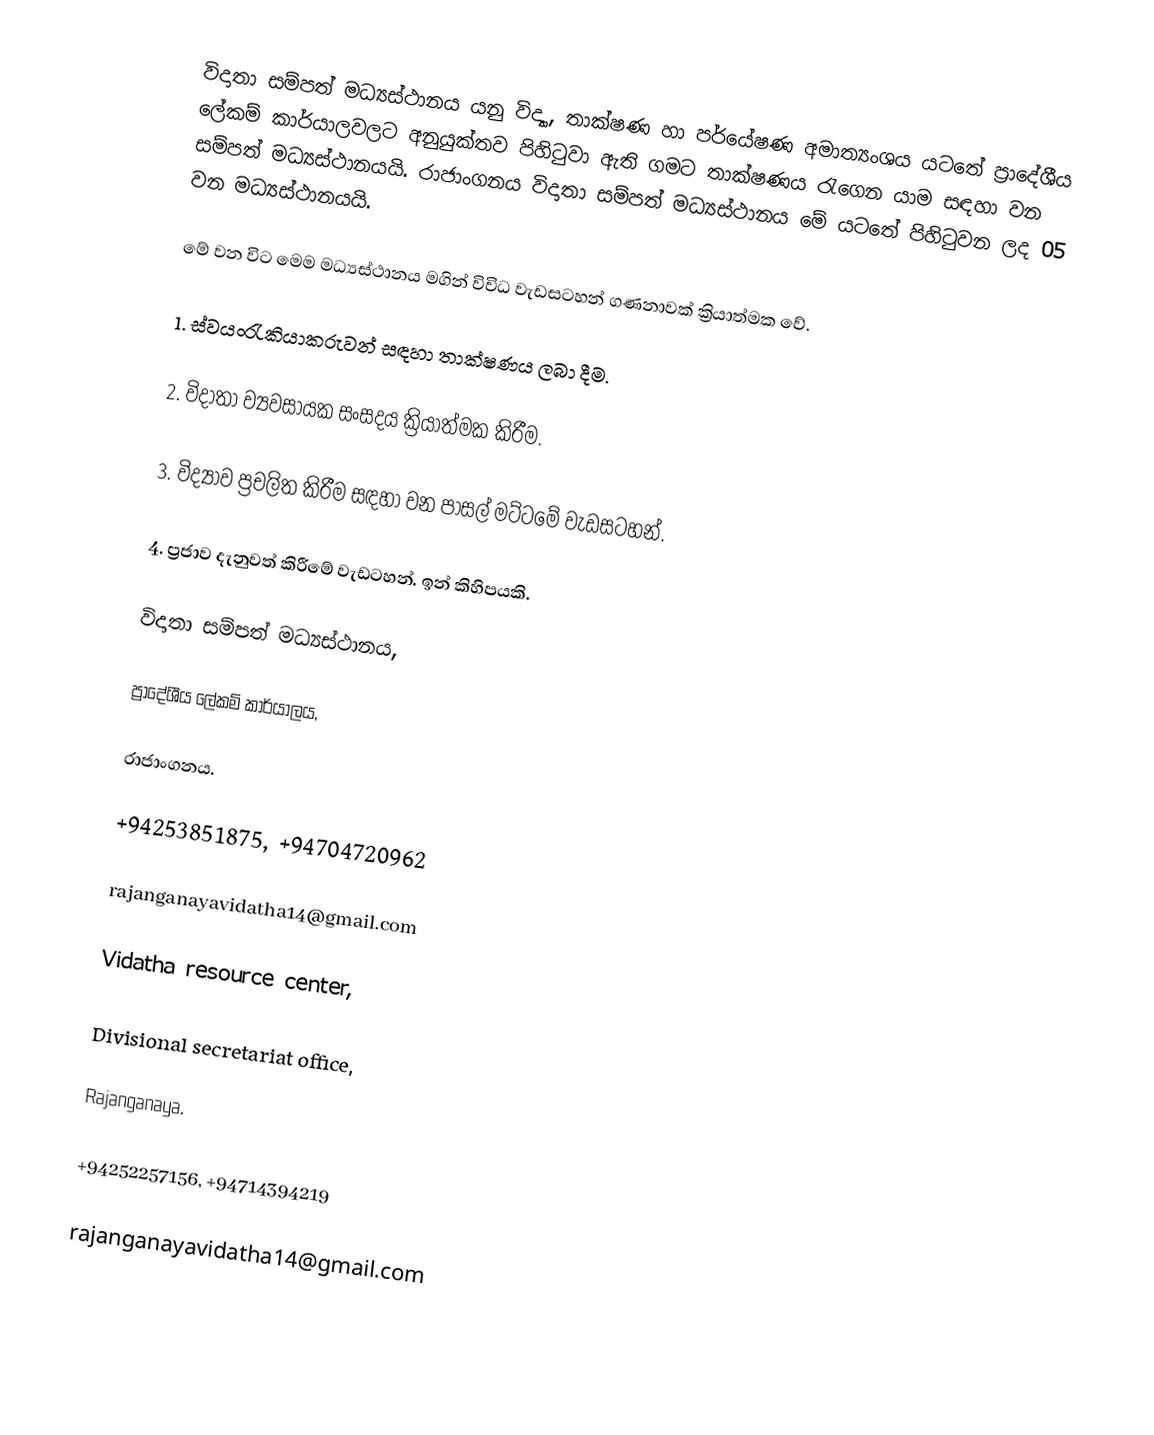
විදාතා සම්පත් මධ්‍යස්ථානය යනු විද්‍යා, තාක්ෂණ හා පර්යේෂණ අමාත්‍යංශය යටතේ ප්‍රාදේශීය ‍ලේකම් කාර්යාලවලට අනුයුක්තව පිහිටුවා ඇති ගමට තාක්ෂණය රැගෙන යාම සඳහා වන සම්පත් මධ්‍යස්ථානයයි. රාජාංගනය විදාතා සම්පත් මධ්‍යස්ථානය මේ යටතේ පිහිටුවන ලද 05 වන මධ්‍යස්ථානයයි.

මේ වන විට මෙම මධ්‍යස්ථානය මගින් විවිධ වැඩසටහන් ගණනාවක් ක්‍රියාත්මක වේ.

1.      ස්වයංරැකියාකරුවන් සඳහා තාක්ෂණය ලබා දීම.

2.      විදාතා ව්‍යවසායක සංසදය ක්‍රියාත්මක කිරීම.

3.      විද්‍යාව ප්‍රචලිත කිරීම සඳහා වන පාසල් මට්ටමේ වැඩසටහන්.

4.      ප්‍රජාව දැනුවත් කිරීමේ වැඩටහන්. ඉන් කිහිපයකි.

විදාතා සම්පත් මධ්‍යස්ථානය,

ප්‍රාදේශීය ලේකම් කාර්යාලය,

රාජාංගනය.

+94253851875, +94704720962

rajanganayavidatha14@gmail.com  

Vidatha resource center,

Divisional secretariat office,

Rajanganaya.

+94252257156, +94714394219

rajanganayavidatha14@gmail.com